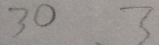
3 0 3